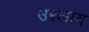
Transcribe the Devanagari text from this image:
उरलाय